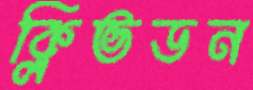
ক্লিভডন